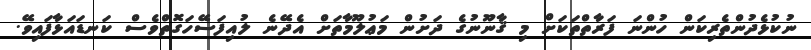
ނުކުޅެދުންތެރިކަން ހުންނަ ފަރާތްތަކަށް މި ޤާނޫނުގެ ދަށުން މަޢުލޫމާތަށް އެދޭނެ ލުއިފަސޭހަގޮތްވެސް ކަނޑައަޅާފައިވޭ.